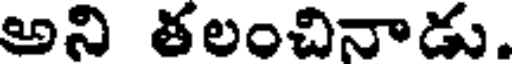
అని తలంచినాడు.